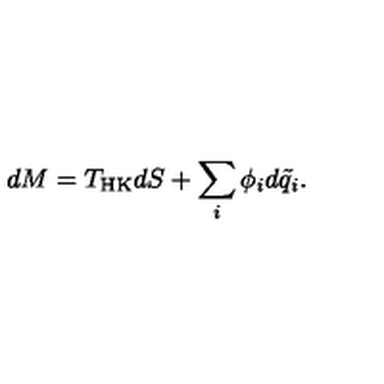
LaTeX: d M = T _ { \mathrm { H K } } d S + \sum _ { i } \phi _ { i } d \tilde { q } _ { i } .